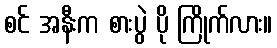
စင် အနီးက စားပွဲ ပို ကြိုက်လား။